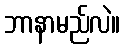
ဘာနာမည်လဲ။